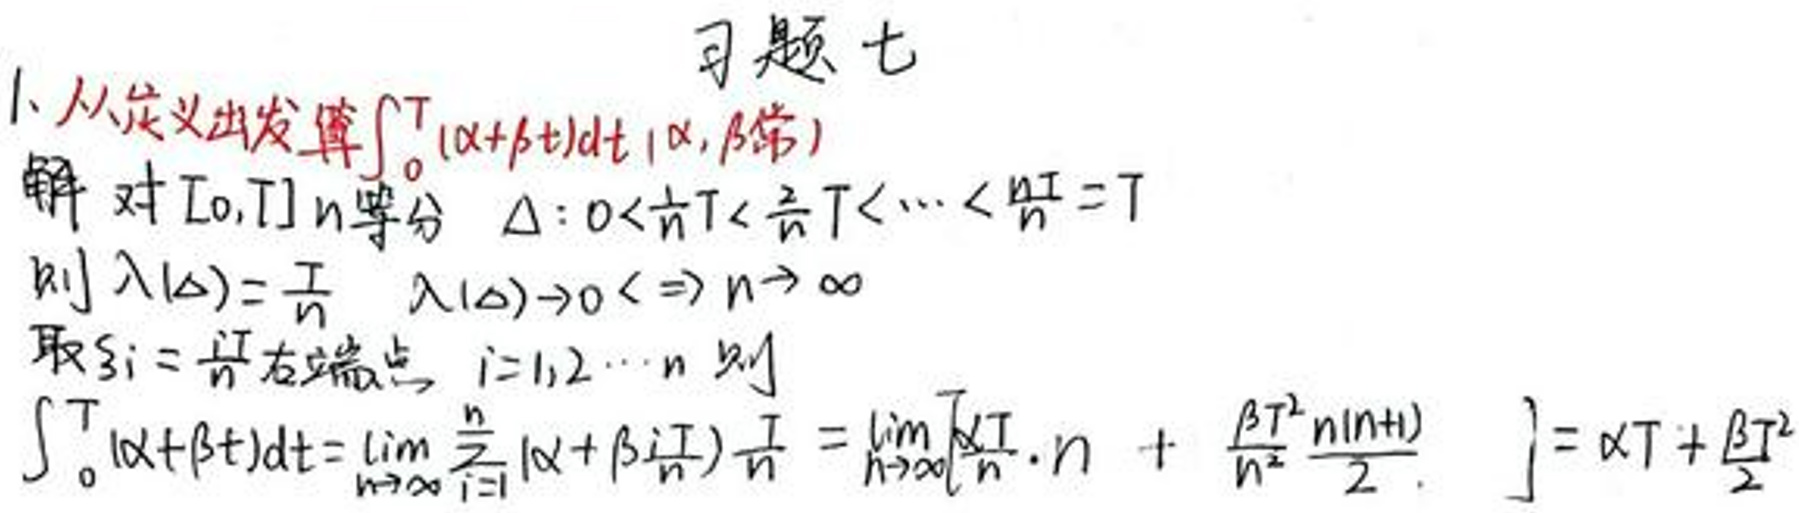
1. 从定义出发算\(\int_{0}^{T}(\alpha+\beta t)dt\)（\(\alpha,\beta\)常）
解：对\([0,T]\) \(n\)等分，\(\Delta:0 < \frac{1}{n}T<\frac{2}{n}T<\cdots<\frac{n}{n}T = T\)
则\(\lambda(\Delta)=\frac{T}{n}\)，\(\lambda(\Delta)\to0\Leftrightarrow n\to\infty\)
取\(\xi_{i}=\frac{iT}{n}\)右端点，\(i = 1,2,\cdots,n\)则
\[
\begin{align*}
\int_{0}^{T}(\alpha+\beta t)dt&=\lim_{n\to\infty}\sum_{i = 1}^{n}(\alpha+\beta\frac{iT}{n})\frac{T}{n}\\
&=\lim_{n\to\infty}\left[\frac{\alpha T}{n}\cdot n+\frac{\beta T^{2}}{n^{2}}\frac{n(n + 1)}{2}\right]\\
&=\alpha T+\frac{\beta T^{2}}{2}
\end{align*}
\]